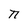
Character: n